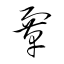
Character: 鞏